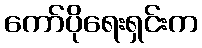
ကော်ပိုရေးရှင်းက